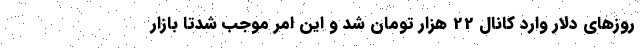
روزهای دلار وارد کانال 22 هزار تومان شد و این امر موجب شدتا بازار